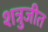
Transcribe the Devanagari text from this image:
शत्रुजीत